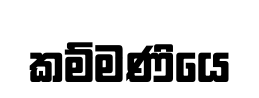
කම්මණියෙ